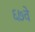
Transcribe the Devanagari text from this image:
६७वे